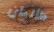
طالبان